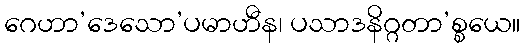
ဂေဟာ’ဒေသော’ပမာဟီန၊ ပသာဒနိဂ္ဂတာ’စ္စယေ။